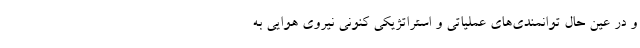
و در عین حال توانمندی‌های عملیاتی و استراتژیکی کنونی نیروی هوایی به